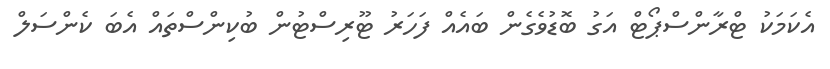
އެކަމަކު ޓްރާންސްޕޯޓް އަގު ބޮޑުވެގެން ބައެއް ފަހަރު ޓޫރިސްޓުން ބުކިންސްތައް އެބަ ކެންސަލް